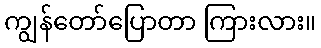
ကျွန်တော်ပြောတာ ကြားလား။